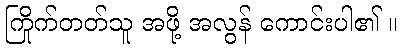
ကြိုက်တတ်သူ အဖို့ အလွန် ကောင်းပါ၏ ။